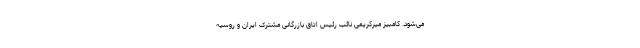
می‌شود. کامبیز میرکریمی نائب رئیس اتاق بازرگانی مشترک ایران و روسیه